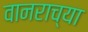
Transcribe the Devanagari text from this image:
वानराच्या